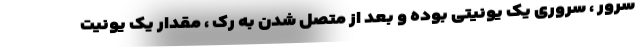
سرور ، سروری یک یونیتی بوده و بعد از متصل شدن به رک ، مقدار یک یونیت